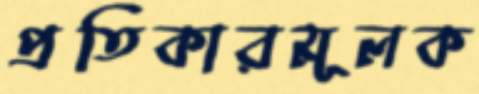
প্রতিকারমূলক